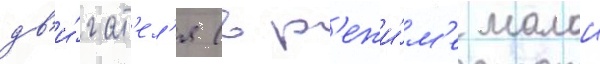
дв'и́гат'ел'я (в р'ежи́м'е малои